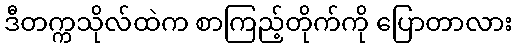
ဒီတက္ကသိုလ်ထဲက စာကြည့်တိုက်ကို ပြောတာလား